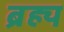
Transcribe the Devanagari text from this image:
ब्रह्य